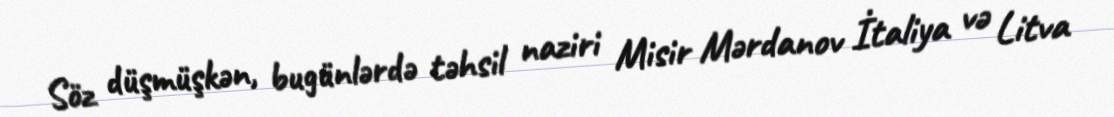
Söz düşmüşkən, bugünlərdə təhsil naziri Misir Mərdanov İtaliya və Litva